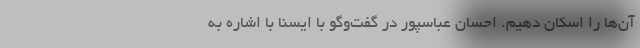
آن‌ها را اسکان دهیم. احسان عباسپور در گفت‌وگو با ایسنا با اشاره به